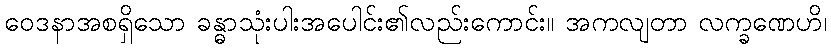
ဝေဒနာအစရှိသော ခန္ဓာသုံးပါးအပေါင်း၏လည်းကောင်း။ အကလျတာ လက္ခဏေဟိ၊